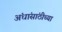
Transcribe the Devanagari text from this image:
अंधांसांठीच्या